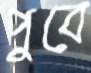
পুবে